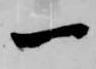
一